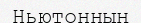
Ньютонның